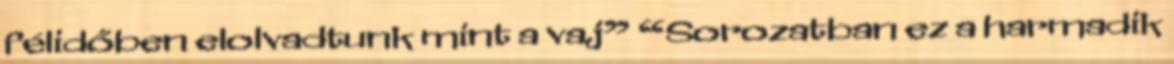
félidőben elolvadtunk mint a vaj” “Sorozatban ez a harmadik